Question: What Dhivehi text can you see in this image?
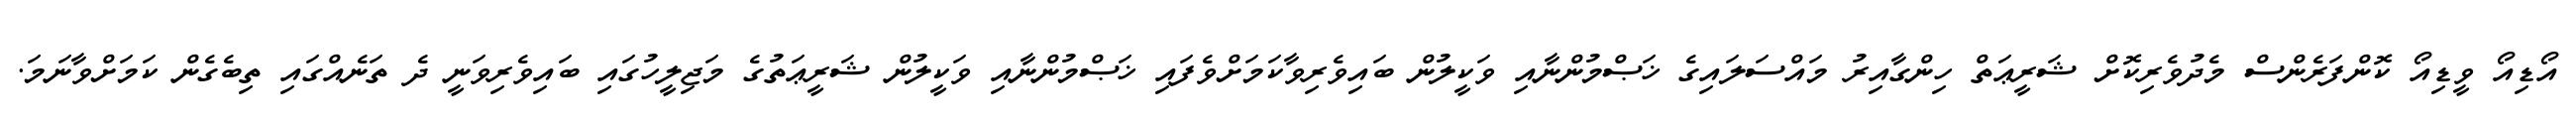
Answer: އޯޑިއޯ ވީޑިއޯ ކޮންފަރެންސް މެދުވެރިކޮށް ޝަރީޢަތް ހިންގާއިރު މައްސަލައިގެ ޚަޞްމުންނާއި ވަކީލުން ބައިވެރިވާކަމަށްވެފައި ޚަޞްމުންނާއި ވަކީލުން ޝަރީޢަތުގެ މަޖިލީހުގައި ބައިވެރިވަނީ ދެ ތަނެއްގައި ތިބެގެން ކަމަށްވާނަމަ.